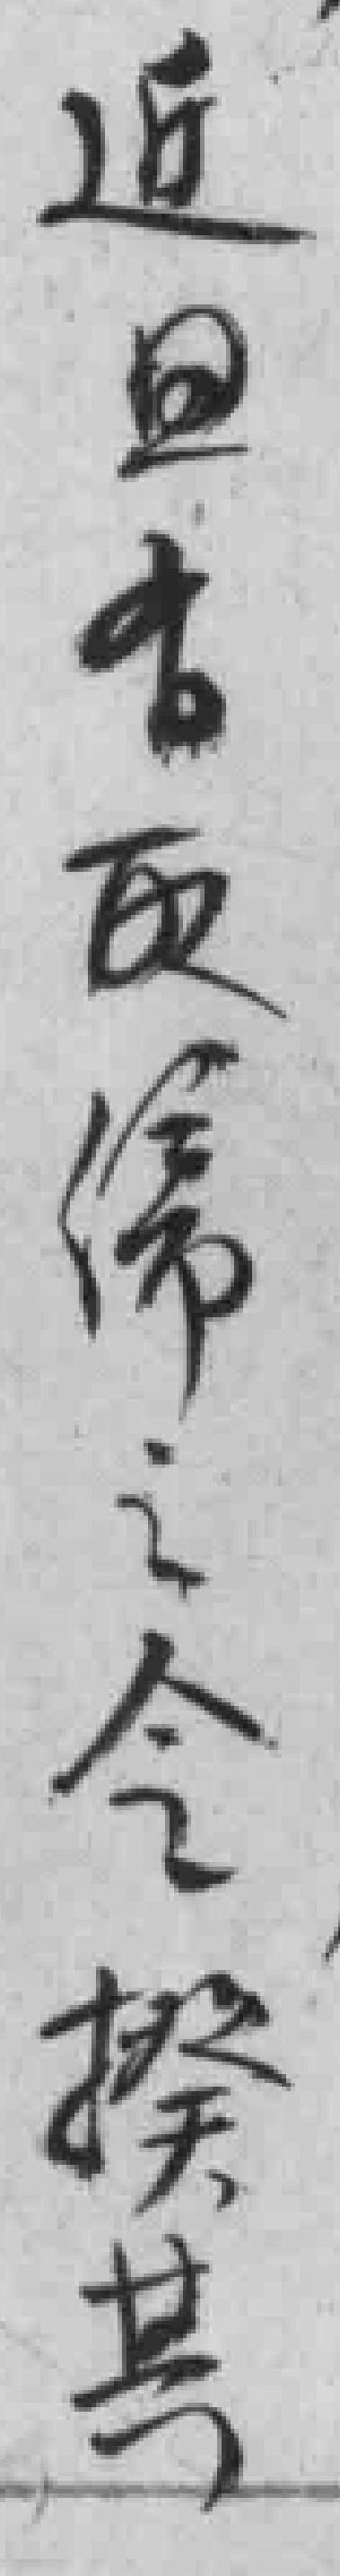
近日有**之令揆其